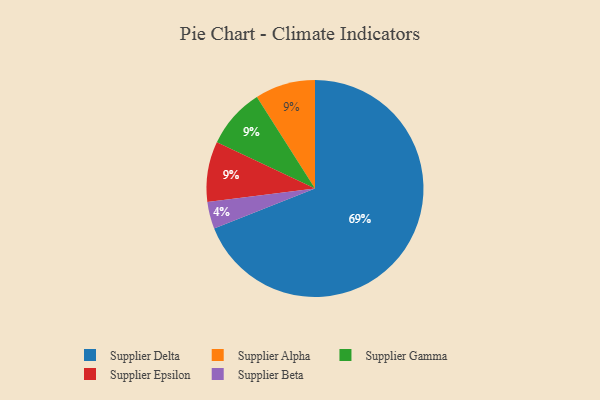
{"axis": {"x": "Category", "y": "Percentage"}, "legend": ["Supplier Alpha", "Supplier Beta", "Supplier Delta", "Supplier Epsilon", "Supplier Gamma"], "data": [{"x": "Supplier Beta", "y": 4, "type": "Supplier Beta"}, {"x": "Supplier Alpha", "y": 9, "type": "Supplier Alpha"}, {"x": "Supplier Delta", "y": 69, "type": "Supplier Delta"}, {"x": "Supplier Gamma", "y": 9, "type": "Supplier Gamma"}, {"x": "Supplier Epsilon", "y": 9, "type": "Supplier Epsilon"}]}